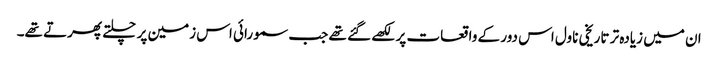
ان میں زیادہ تر تاریخی ناول اس دور کے واقعات پر لکھے گئے تھے جب سمورائی اس زمین پر چلتے پھرتے تھے۔